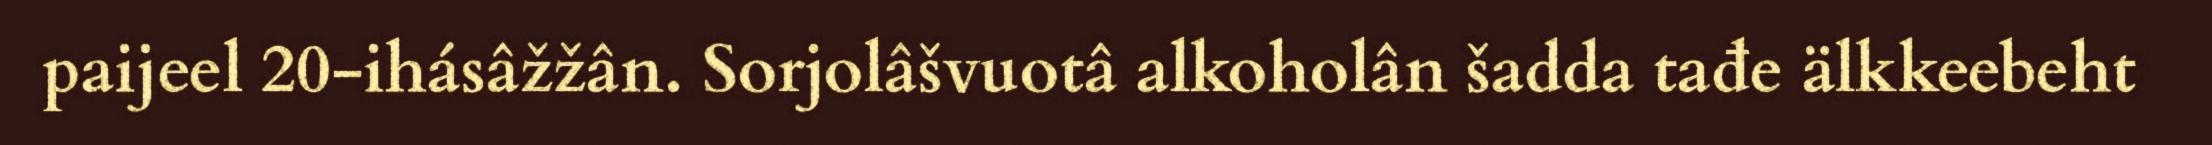
paijeel 20-ihásâžžân. Sorjolâšvuotâ alkoholân šadda tađe älkkeebeht